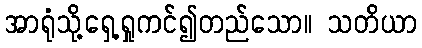
အာရုံသို့ရှေ့ရှုကင်၍တည်သော။ သတိယာ